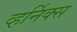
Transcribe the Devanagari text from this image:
व्हर्निक्स